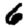
Digit: 6